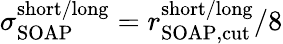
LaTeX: \sigma_{\mathrm{SOAP}}^{\mathrm{short/long}}={r_{\mathrm{SOAP,cut}}^{\mathrm{short/long}}}/8